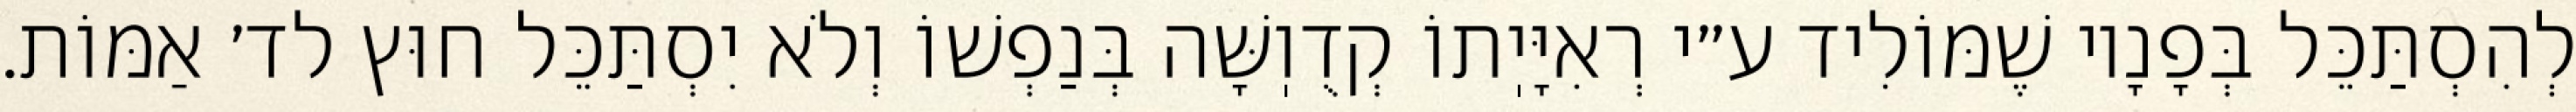
לְהִסְתַּכֵּל בְּפָנָיו שֶׁמּוֹלִיד ע״י רְאִיָּיֽתוֹ קְדֻוֽשָּׁה בְּנַפְשׁוֹ וְלֹא יִסְתַּכֵּל חוּץ לד׳ אַמּוֹת.